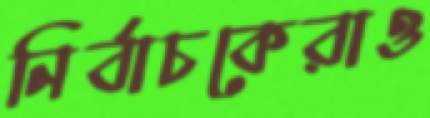
নির্বাচকেরাও